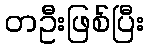
တဦးဖြစ်ပြီး